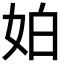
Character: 𡛳